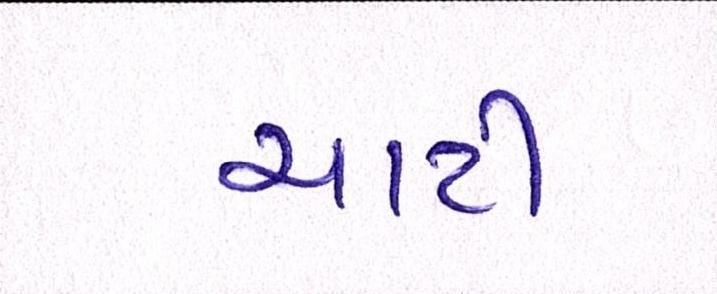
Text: ચાટી